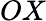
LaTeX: OX